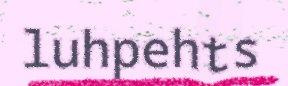
luhpehts